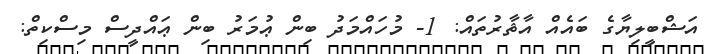
އަޝްބީލިޔާގެ ބައެއް އާޘާރުތައް: 1- މުހައްމަދު ބިން ޢުމަރު ބިން ޢައްދީސް މިސްކިތް: